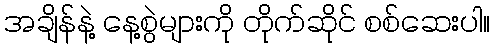
အချိန်နဲ့ နေ့စွဲများကို တိုက်ဆိုင် စစ်ဆေးပါ။